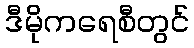
ဒီမိုကရေစီတွင်